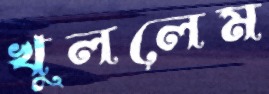
খুললেম